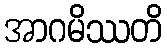
အာဂမိဿတိ